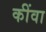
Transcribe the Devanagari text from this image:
कींवा